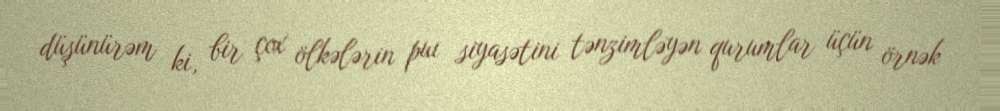
düşünürəm ki, bir çox ölkələrin puı siyasətini tənzimləyən qurumlar üçün örnək